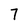
Character: 7